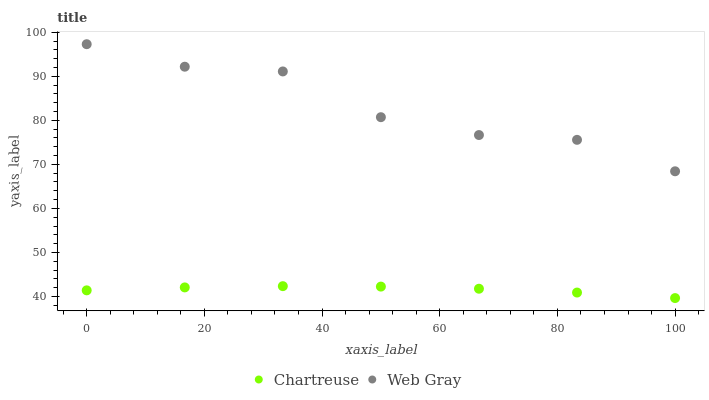
| xaxis_label | Chartreuse | Web Gray |
 | --- | --- | --- |
 | 0 | 41.4 | 97.3 |
 | 16.7 | 42.1 | 92.2 |
 | 33.3 | 42.3 | 91.1 |
 | 50 | 42.2 | 80.7 |
 | 66.7 | 41.8 | 76.7 |
 | 83.3 | 40.9 | 75.6 |
 | 100 | 39.6 | 68.4 |